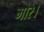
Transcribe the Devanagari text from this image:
मोरे।